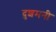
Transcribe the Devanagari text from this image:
दुशमनी